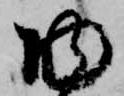
物